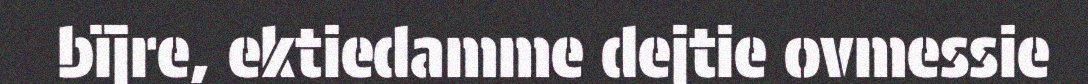
bïjre, ektiedamme dejtie ovmessie